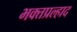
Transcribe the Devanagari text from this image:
भक्तप्रल्हाद